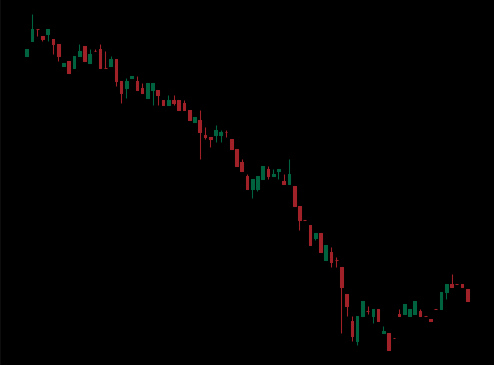
Pattern: bull_flag